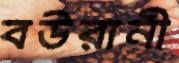
বউরানী